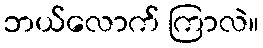
ဘယ်လောက် ကြာလဲ။